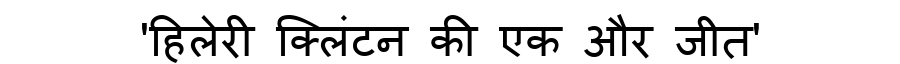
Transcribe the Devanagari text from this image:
'हिलेरी क्लिंटन की एक और जीत'